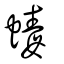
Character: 蝳